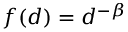
f ( d ) = d ^ { - \beta }